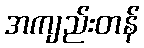
အကျည်းတန်